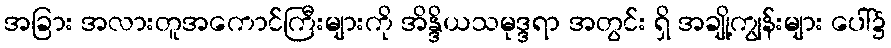
အခြား အလားတူအကောင်ကြီးများကို အိန္ဒိယသမုဒ္ဒရာ အတွင်း ရှိ အချို့ကျွန်းများ ပေါ်၌